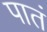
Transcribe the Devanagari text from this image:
पातं